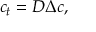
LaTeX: c _ { t } = D \Delta c , \quad